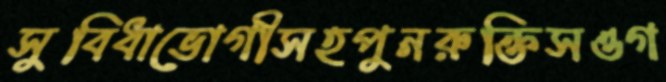
সুবিধাভোগীসহপুনরুক্তিসওগ